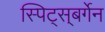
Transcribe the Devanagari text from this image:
स्पिट्स्‌बर्गेन